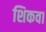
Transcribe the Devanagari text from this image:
शिकवा